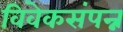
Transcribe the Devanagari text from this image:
विवेकसंपन्न